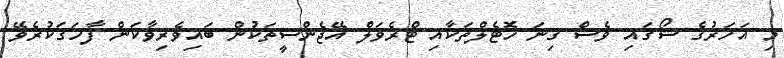
މި އަހަރުގެ ޝޯގައި ވެސް ގިނަ ހޮޓެލްތަކާއި ޓްރެވަލް އޭޖެންސީތަކުން ބައިވެރިވާކަން ފާހަގަކުރެވޭ